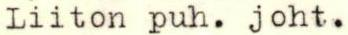
Liiton puh. joht.